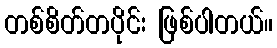
တစ်စိတ်တပိုင်း ဖြစ်ပါတယ်။